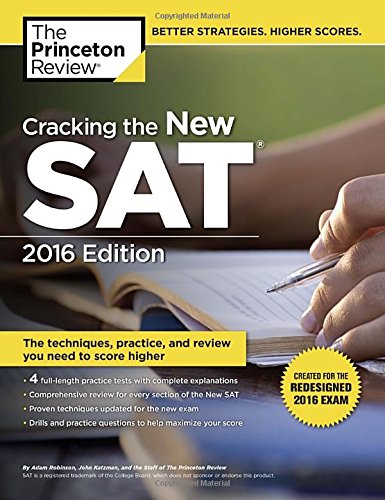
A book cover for Cracking the New SAT with 4 Practice Tests, 2016 Edition: Created for the Redesigned 2016 Exam (College Test Preparation); Princeton Review; Test Preparation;